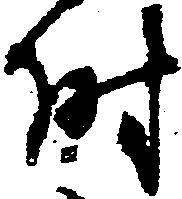
時